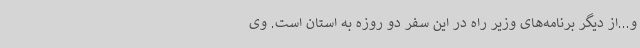
و...از دیگر برنامه‌های وزیر راه در این سفر دو روزه به استان است. وی